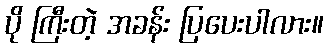
ပို ကြီးတဲ့ အခန်း ပြပေးပါလား။